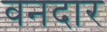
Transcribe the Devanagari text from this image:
वनदार